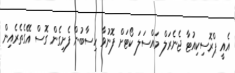
އެއީ ޕްރޮސިކިއުޓާ ޖެނެރަލް މައްސަލަ ކޯޓަށް ފޮނުވާ ހިސާބުން ފެށިގެން ގޮސް އޭގެތެރެއިން